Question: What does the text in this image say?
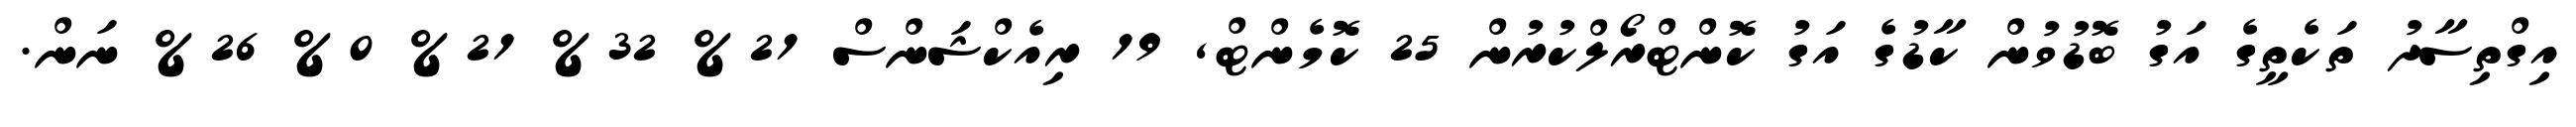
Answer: އިގްތިސާދު ތަކެތީގެ އަގު ބޮޑުވުން ކާޑުގެ އަގު ކޮންޓްރޯލްކުރުން 25 ކޮމެންޓް, 19 ރިއެކްޝަންސް 21% 32% 21% 0% 26% ނަން.